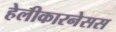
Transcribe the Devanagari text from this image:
हेलीकारनेसस